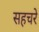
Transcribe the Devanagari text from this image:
सहचरे